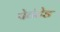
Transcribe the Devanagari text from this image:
पेटंटेड